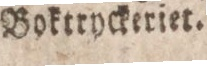
Boktryckeriet.